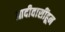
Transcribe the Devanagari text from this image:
आदीवासींहून